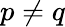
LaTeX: p\ne q